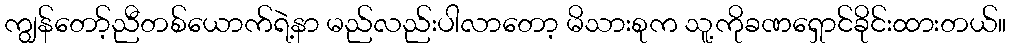
ကျွန်တော့်ညီတစ်ယောက်ရဲ့နာ မည်လည်းပါလာတော့ မိသားစုက သူ့ကိုခဏရှောင်ခိုင်းထားတယ်။